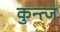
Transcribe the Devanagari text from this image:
कुन्त्ज